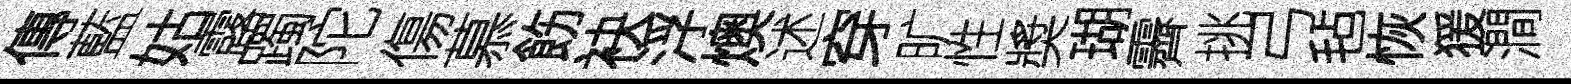
傳藍姑露躅陀傷慕飭袂浮燠述穿旷性奬瑚霽挑弓毡恢猨澗